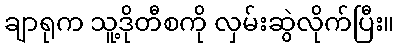
ချာရုက သူ့ဒိုတီစကို လှမ်းဆွဲလိုက်ပြီး။